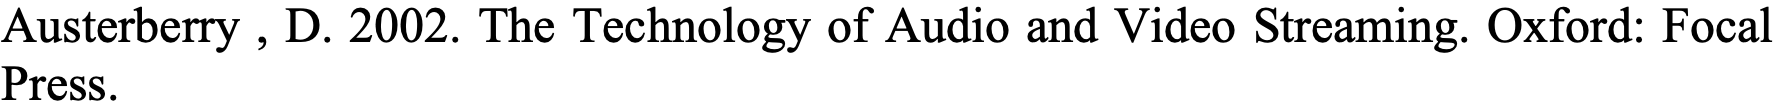
Austerberry , D. 2002. The Technology of Audio and Video Streaming. Oxford: Focal Press.